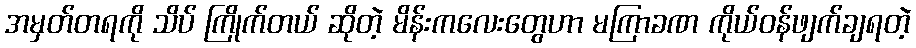
အမှတ်တရကို သိပ် ကြိုက်တယ် ဆိုတဲ့ မိန်းကလေးတွေဟာ မကြာခဏ ကိုယ်ဝန်ဖျက်ချရတဲ့